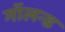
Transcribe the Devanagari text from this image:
गॉलन्ड